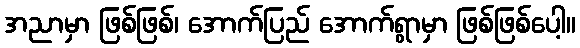
အညာမှာ ဖြစ်ဖြစ်၊ အောက်ပြည် အောက်ရွာမှာ ဖြစ်ဖြစ်ပေါ့။